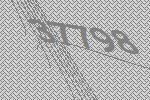
37798